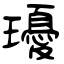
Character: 瓇